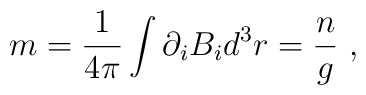
m  =  \frac{1}{4\pi}\int{\partial_i B_i d^3r}  = \frac{n}{g} \ ,